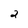
Character: 2